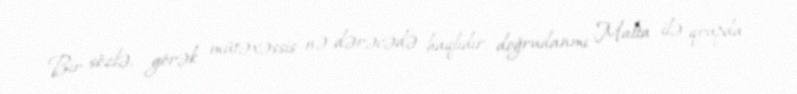
Bir sözlə, görək mütəxəssis nə dərəcədə haqlıdır, doğrudanmı Malta ilə qrupda